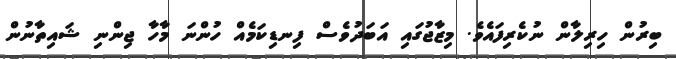
ބިރުން ހިރިލާން ނުކެރިފައެވެ. މިޒާޖުގައި އަބަދުވެސް ފިނޑިކަމެއް ހުންނަ މާހާ ޖިންނި ޝައިތާނުން